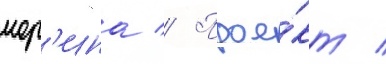
мор'ина // Прое́кт /